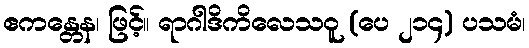
ဧကန္တေန၊ ဖြင့်။ ရာဂါဒိကိလေသဝူ (ပေ ၂၁၄) ပသမံ၊